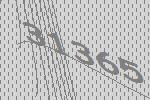
31365